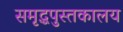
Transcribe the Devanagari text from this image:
समृद्धपुस्तकालय